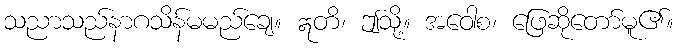
သညာသည်နာဂသိန်မမည်ချေ။ ဣတိ၊ ဤသို့။ အဝေါစ၊ ဖြေဆိုတော်မူ၏။